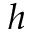
h